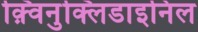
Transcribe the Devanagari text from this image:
क़्विनुक्लिडाइनिल